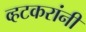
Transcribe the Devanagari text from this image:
व्हटकरांनी